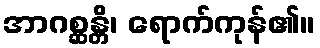
အာဂစ္ဆန္တိ၊ ရောက်ကုန်၏။